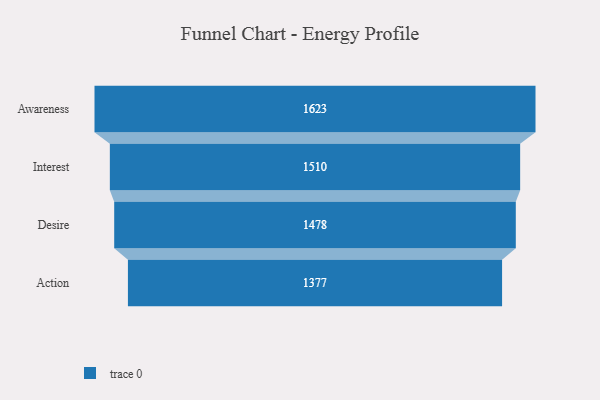
{"axis": {"x": "Stage", "y": "Value"}, "legend": [""], "data": [{"x": "Awareness", "y": 1623.0, "type": ""}, {"x": "Interest", "y": 1510.0, "type": ""}, {"x": "Desire", "y": 1478.0, "type": ""}, {"x": "Action", "y": 1377.0, "type": ""}]}